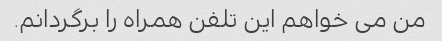
من می خواهم این تلفن همراه را برگردانم.